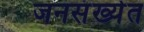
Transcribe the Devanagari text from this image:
जनसंख्येत